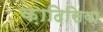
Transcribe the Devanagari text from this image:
क़ादिसिया